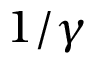
1 / \gamma